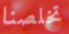
تخلصنا